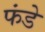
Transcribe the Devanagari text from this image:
फंडे